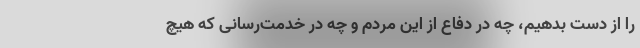
را از دست بدهیم، چه در دفاع از این مردم و چه در خدمت‌رسانی که هیچ